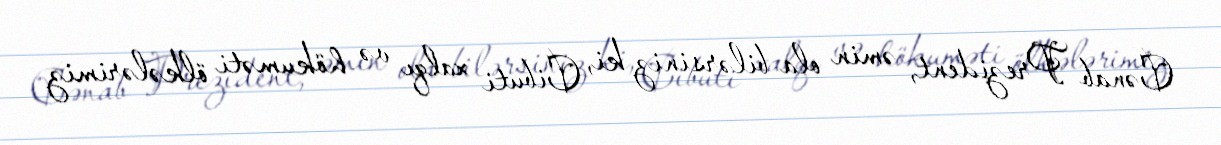
Cənab Prezident, əmin ola bilərsiniz ki, Cibuti xalqı və hökuməti ölkələrimiz